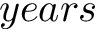
y e a r s